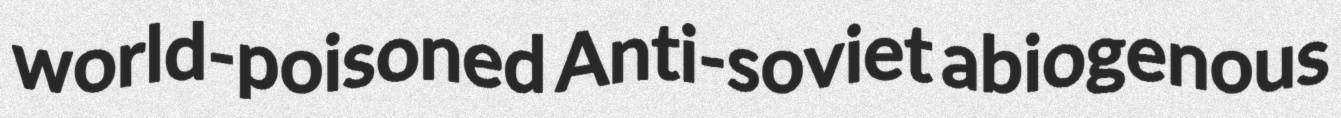
world-poisoned Anti-soviet abiogenous